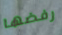
رفضها